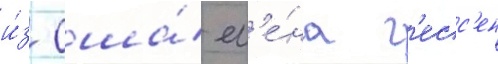
и́з сша́ ел'е́на г'есс'ен